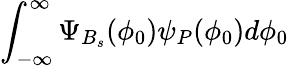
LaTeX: \int_{-\infty}^{\infty}\Psi_{B_{s}}(\phi_{0})\psi_{P}(\phi_{0})d\phi_{0}